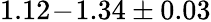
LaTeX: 1.12\! -\! 1.34\pm 0.03